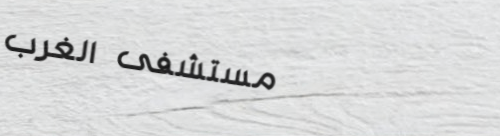
مستشفى الغرب